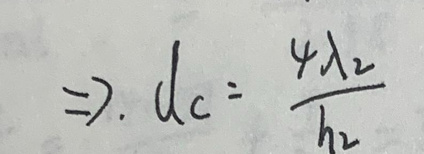
\[
\Rightarrow d_{c}=\frac{4\lambda_{2}}{h_{2}}
\]